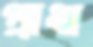
প্রাধা